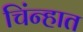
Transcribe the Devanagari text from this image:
चिंन्हात